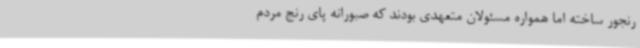
رنجور ساخته اما همواره مسئولان متعهدی بودند که صبورانه پای رنج مردم